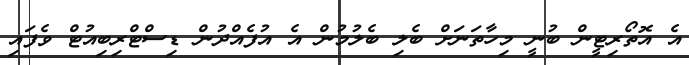
އެ އޮތޯރިޓީން ބުނީ މިހާތަނަށް ބެލި ބެލުމުން އެ އުފެއްދުން ޑިސްޓްރިބިއުޓް ވެފައި